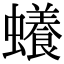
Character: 𧓲